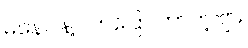
မနေပါနဲ့ လာပြော တာတဲ့ဗျာ။